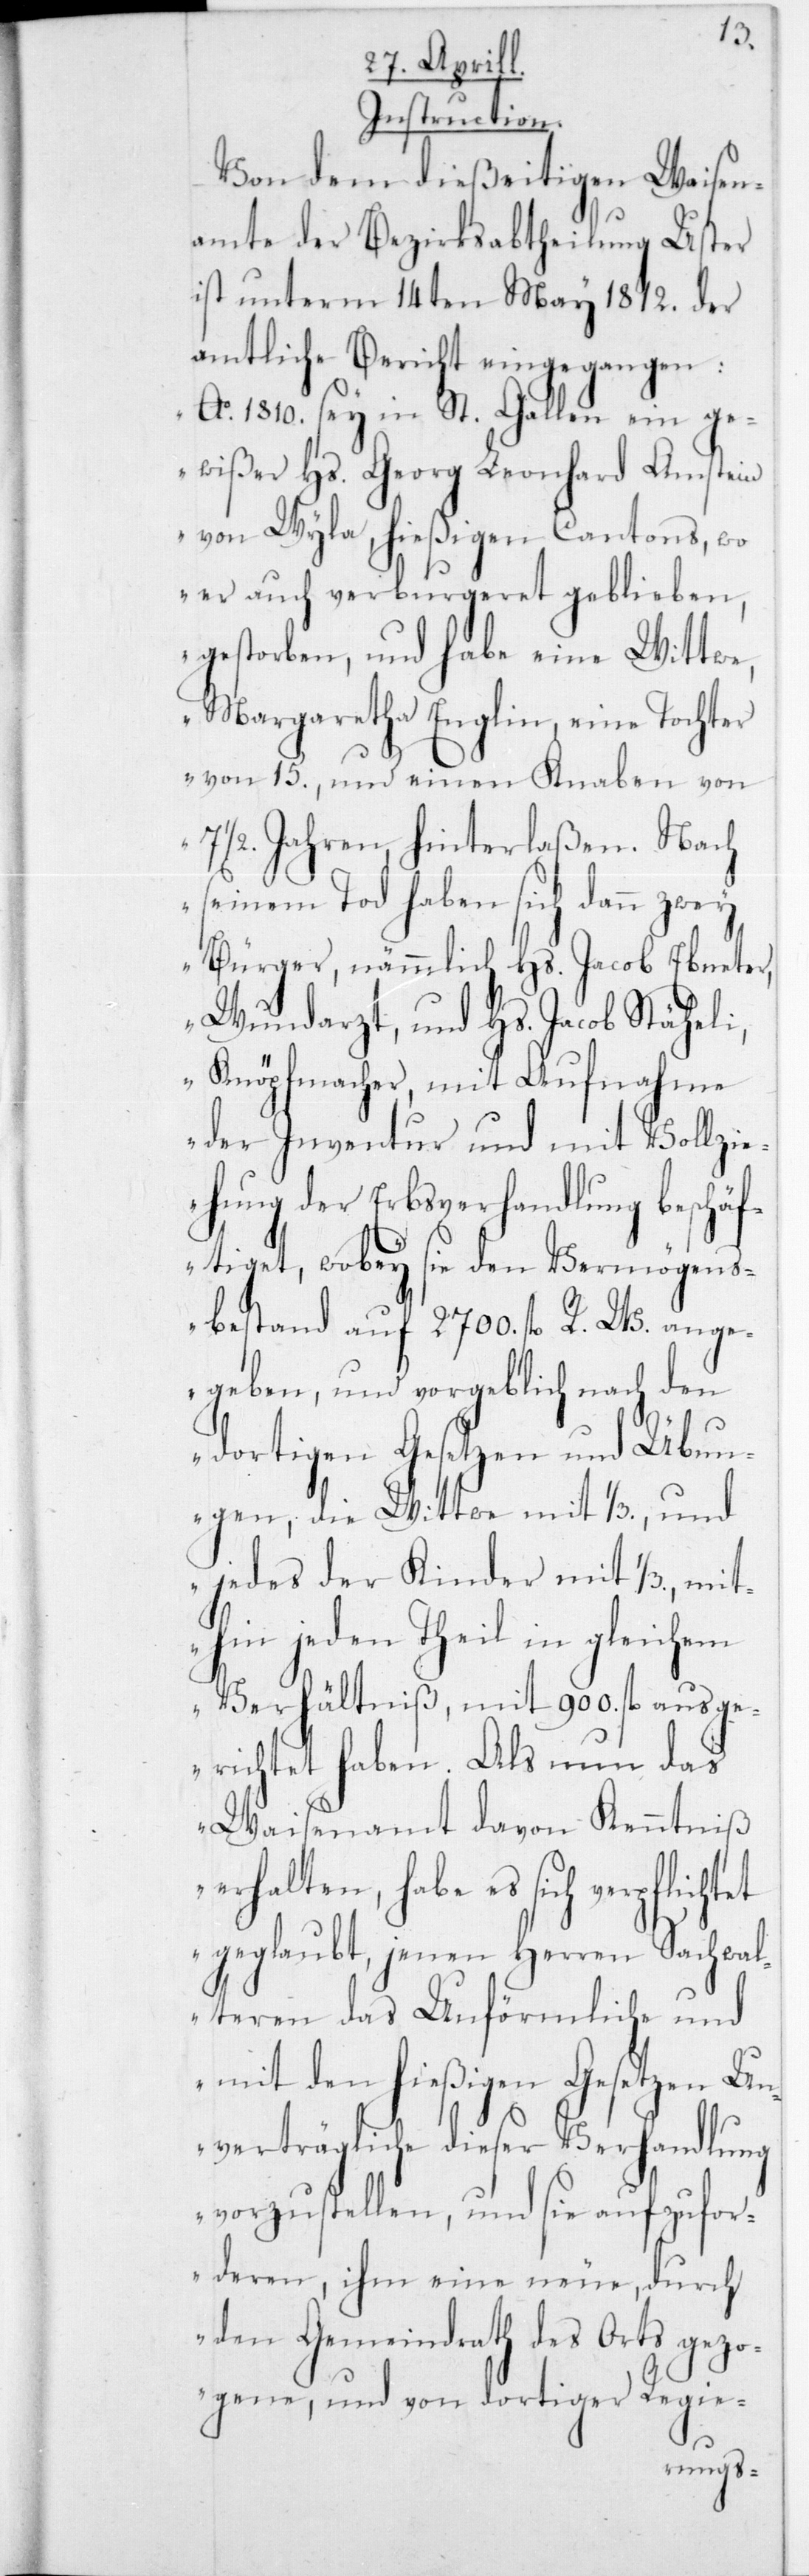
Instruction.
Von dem dießeitigen Waisen¬
amte der Bezirksabtheilung Uster
ist unterm 14ten May 1812 der
amtliche Bericht eingegangen:
„Ao 1810 sey in St. Gallen ein g¬
ewißer Hs. Georg Leonhard Amstein
von Wyla, hießigen Cantons, wo
er auch verburgeret geblieben,
gestorben, und habe eine Wittwe,
Margaretha Englin, eine Tochter
von 15 und einen Knaben von
71/2 Jahren hinterlaßen. Nach
seinem Tod haben sich dann zwei
Bürger, nämmlich Hs. Jacob Ebneter,
Wundarzt, und Hs. Jacob Stäheli,
Knöpfmacher, mit Aufnahme
der Inventur und mit Vollzi¬
ehung der Erbsverhandlung beschäf¬
tiget, wobey sie den Vermögens¬
bestand auf 2700 fl. R. W. ange¬
geben, und vorgeblich nach den
dortigen Gesetzen und Übun¬
gen, die Witwe mit 1/3 und
jedes der Kinder mit 1/3, mit¬
hin jeden Theil in gleichem
Verhältniß, mit 900 fl. ausge¬
richtet haben. Als nun das
Waisenamt davon Kenntniß
erhalten, habe es sich verpflichtet
geglaubt, jenen Herren Sachwal¬
teren das Unförmliche und
mit den hießigen Gesetzen Un¬
verträgliche dieser Verhandlung
vorzustellen, und sie aufzufor¬
deren, ihm eine neue, durch
den Gemeindrath des Orts gezo¬
gene, und von dortiger Regie-